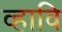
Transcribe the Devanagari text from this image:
व्हावि